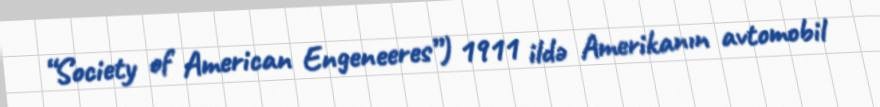
“Society of American Engeneeres”) 1911 ildə Amerikanın avtomobil